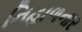
નિહાળનાર